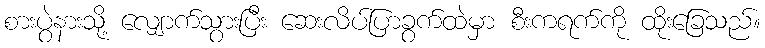
စားပွဲနားသို့ လျှောက်သွားပြီး ဆေးလိပ်ပြာခွက်ထဲမှာ စီးကရက်ကို ထိုးခြေသည်။